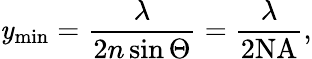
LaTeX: \mathit{y}_{\mathrm{{min}}}=\frac{{\lambda}}{{2n\sin\Theta}}=\frac{{\lambda}}{{2\mathrm{{NA}}}},